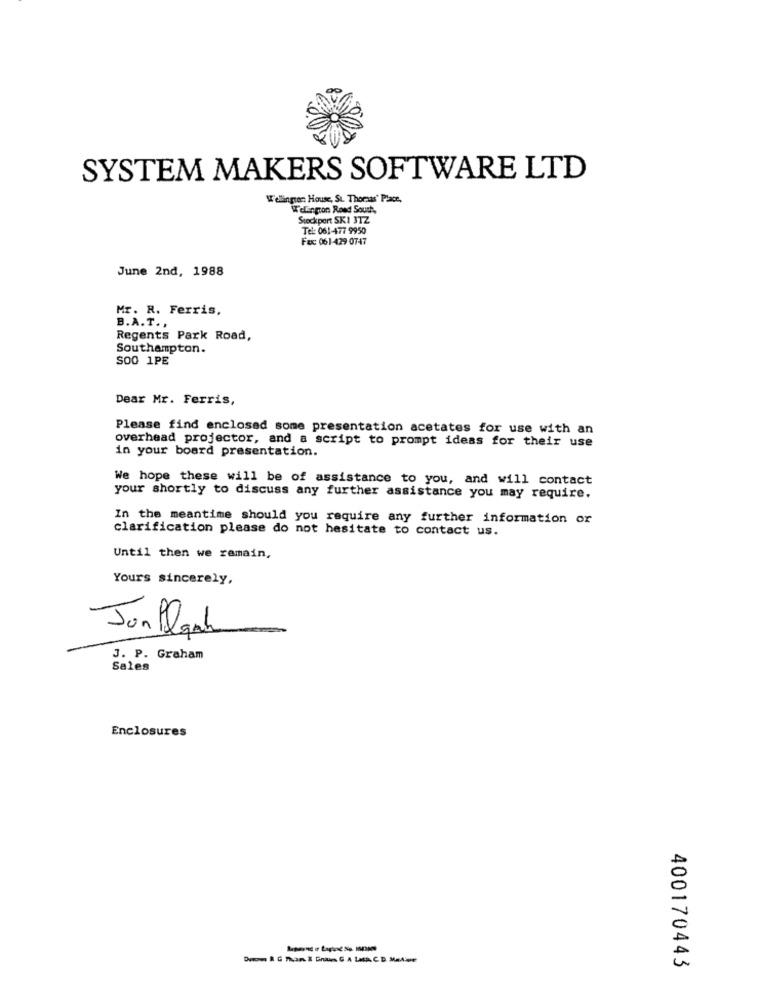
SYSTEM MAKERS SOFTWARE LTD
Welington: House, St. Thoraas' Place,
Wellington Rond Souch,
Stockport SKI JTZ
Tel: 061-477 9950
Fax 061-429 0747
June 2nd, 1988
Mr. R. Ferris,
B.A. T. ,
Regents Park Road,
Southampton.
SOO 1PE
Dear Mr. Ferris,
Please find enclosed some presentation acetates for use with an
overhead projector, and a script to prompt ideas for their use
in your board presentation.
We hope these will be of assistance to you, and will contact
your shortly to discuss any further assistance you may require.
In the meantime should you require any further information or
clarification please do not hesitate to contact us.
Until then we remain,
Yours sincerely,
Jonflash
J. P. Graham
Sales
Enclosures
400170443